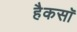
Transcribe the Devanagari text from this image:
हैकसॉ